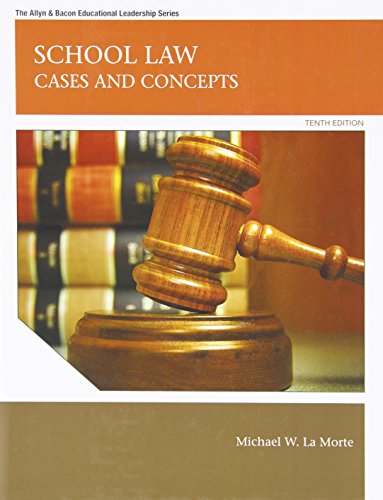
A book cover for School Law: Cases and Concepts (10th Edition) (Allyn & Bacon Educational Leadership); Michael W. LaMorte; Law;